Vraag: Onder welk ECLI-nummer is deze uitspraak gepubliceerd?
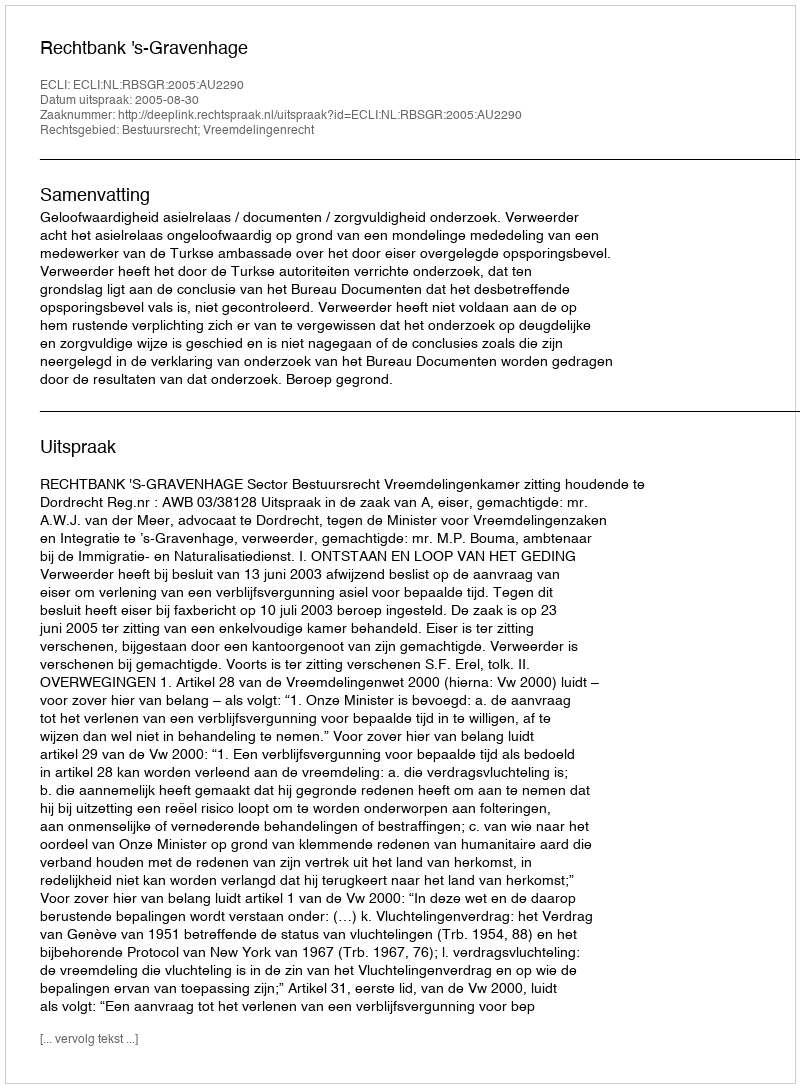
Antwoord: ECLI:NL:RBSGR:2005:AU2290